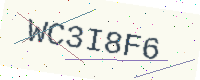
Text: WC3I8F6